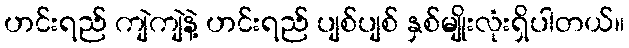
ဟင်းရည် ကျဲကျဲနဲ့ ဟင်းရည် ပျစ်ပျစ် နှစ်မျိုးလုံးရှိပါတယ်။